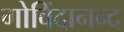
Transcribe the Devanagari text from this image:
गोविंदानन्द